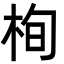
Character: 栒